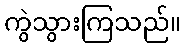
ကွဲသွားကြသည်။